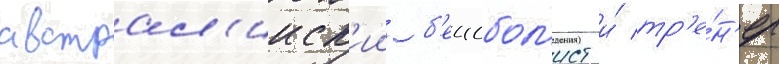
австрал'ииск'ии б'еисбол'ист и́ тр'е́н'ер